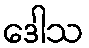
ဒေါသ